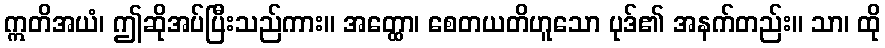
ဣတိအယံ၊ ဤဆိုအပ်ပြီးသည်ကား။ အတ္ထော၊ စေတယတိဟူသော ပုဒ်၏ အနက်တည်း။ သာ၊ ထို